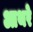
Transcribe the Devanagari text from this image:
आथरे